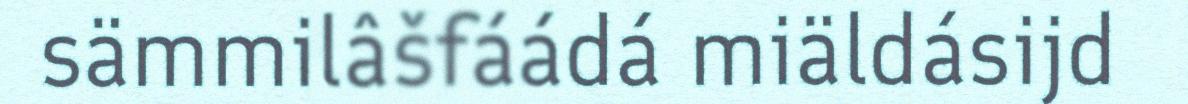
sämmilâšfáádá miäldásijd